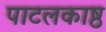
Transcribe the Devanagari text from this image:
पाटलकाष्ठ